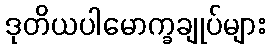
ဒုတိယပါမောက္ခချုပ်များ